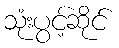
သုံးပွင့်ဆိုင်